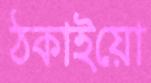
ঠকাইয়ো